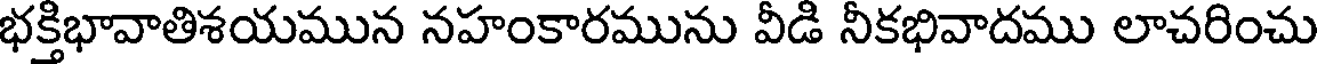
భక్తిభావాతిశయమున నహంకారమును వీడి నీకభివాదము లాచరించు